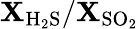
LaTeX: \mathbf{X}_{\mathrm{{H_{2}S}}}/\mathbf{X}_{\mathrm{{SO_{2}}}}